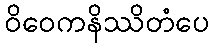
ဝိဝေကနိဿိတံပေ